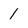
Character: 1